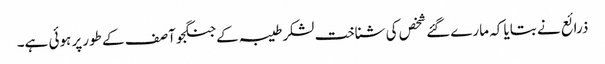
ذرائع نے بتایا کہ مارےگئے شخص کی شناخت لشکرطیبہ کےجنگجو آصف کے طورپر ہوئی ہے۔